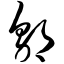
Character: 邬